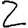
Digit: 2